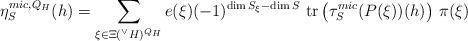
LaTeX: \begin{align*} \eta_{S}^{mic,Q_{H}}(h) = \sum_{\xi \in \Xi({^\vee}H)^{Q_{H}}} e(\xi)(-1)^{\dim S_{\xi} - \dim S }\ \mathrm{tr}\left( \tau_{S}^{mic}(P(\xi))(h)\right) \, \pi(\xi)\end{align*}